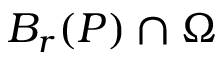
B _ { r } ( P ) \cap \Omega